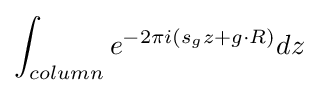
\int _{column}^{}e^{-2\pi i(s_{g}z+g\cdot R)}dz